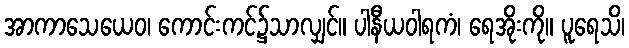
အာကာသေယေဝ၊ ကောင်းကင်၌သာလျှင်။ ပါနီယဝါရကံ၊ ရေအိုးကို။ ပူရေသိ၊